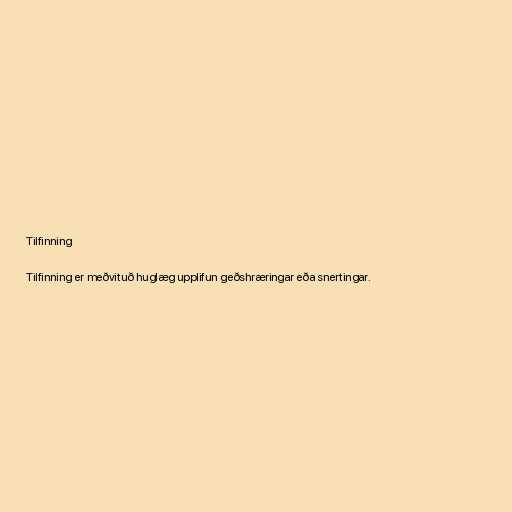
Tilfinning

Tilfinning er meðvituð huglæg upplifun geðshræringar eða snertingar.